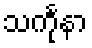
သင်္ကုနာ